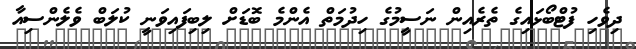
ދިވެހި ފުޓްބޯޅައިގެ ތެރެއިން ނަސީމުގެ ހިދުމަތް އެންމެ ބޮޑަށް ލިބިފައިވަނީ ކުލަބް ވެލެންސިއާ